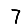
Digit: 7